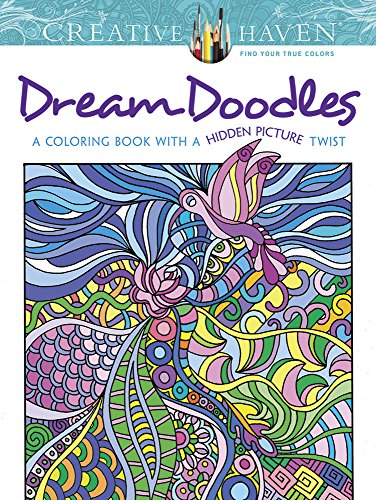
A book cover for Creative Haven Dream Doodles: A Coloring Book with a Hidden Picture Twist (Creative Haven Coloring Books); Kathleen G Ahrens; Humor & Entertainment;